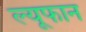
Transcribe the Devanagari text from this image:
ल्यूफान